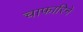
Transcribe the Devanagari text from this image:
चाफारिने